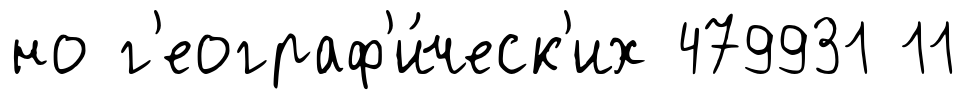
но г'еограф'и́ческ'их 479931 11